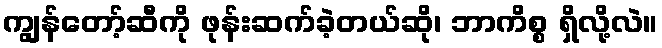
ကျွန်တော့်ဆီကို ဖုန်းဆက်ခဲ့တယ်ဆို၊ ဘာကိစ္စ ရှိလို့လဲ။